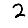
Digit: 2